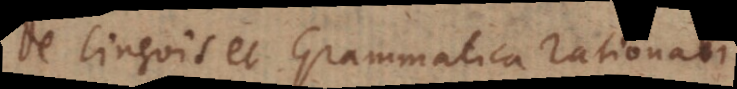
De linguis et Grammatica rationali